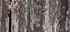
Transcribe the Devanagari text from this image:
प्रेसविटरीय